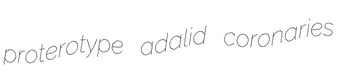
proterotype adalid coronaries